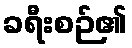
ခရီးစဉ်၏